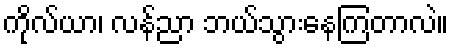
ကိုလ်ယာ၊ လန်ညာ ဘယ်သွားနေကြတာလဲ။